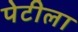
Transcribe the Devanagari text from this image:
पेटीला